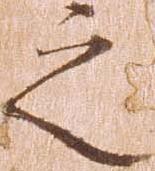
之